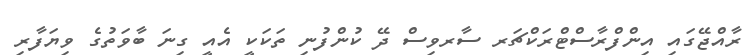
ރާއްޖޭގައި އިންފްރާސްޓްރަކްޗަރ ސާރވިސް ދޭ ކުންފުނި ތަކަކީ އެއީ ގިނަ ބާވަތުގެ ވިޔަފާރި